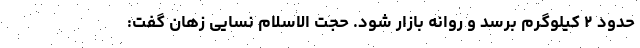
حدود ۲ کیلوگرم برسد و روانه بازار شود. حجت الاسلام نسایی زهان گفت: